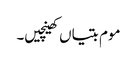
موم بتیاں کھینچیں۔